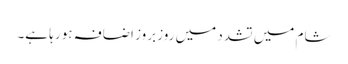
شام میں تشدد میں روز بروز اضافہ ہو رہا ہے۔